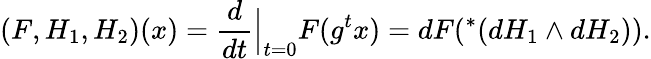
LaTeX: (F,H_{1},H_{2})(x)=\frac{d}{dt}\Big|_{t=0}F(g^{t}x)=dF(^{*}(dH_{1}\wedge dH_{2})).